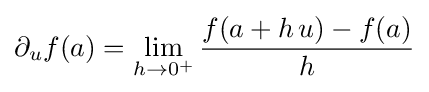
\partial _{u}f(a)=\lim _{h\to 0^{+}}{\frac {f(a+h\,u)-f(a)}{h}}